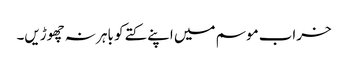
خراب موسم میں اپنے کتے کو باہر نہ چھوڑیں۔